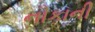
નૌકાની